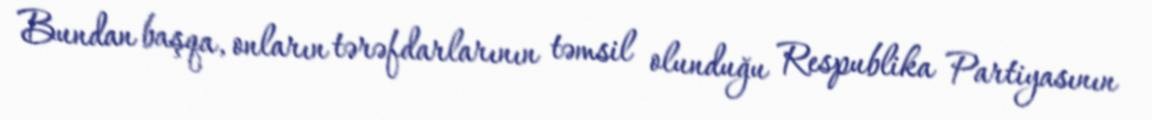
Bundan başqa, onların tərəfdarlarının təmsil olunduğu Respublika Partiyasının